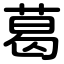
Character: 葛